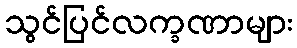
သွင်ပြင်လက္ခဏာများ